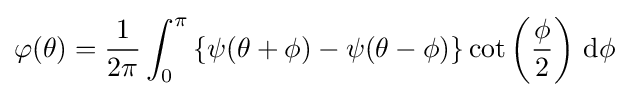
\varphi (\theta )={\frac {1}{2\pi }}\int _{0}^{\pi }\left\{\psi (\theta +\phi )-\psi (\theta -\phi )\right\}\cot \left({\frac {\phi }{2}}\right)\,\mathrm {d} \phi